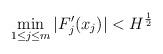
LaTeX: \begin{align*}\min_{1\le j\le m}|F'_j(x_j)|< H^{\frac12}\end{align*}